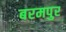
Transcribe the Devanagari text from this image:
बरमपुर